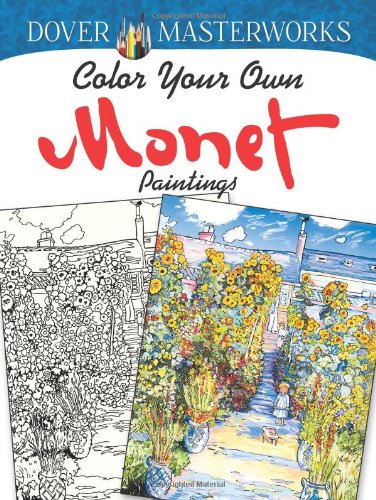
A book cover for Dover Masterworks: Color Your Own Monet Paintings; Marty Noble; Crafts, Hobbies & Home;